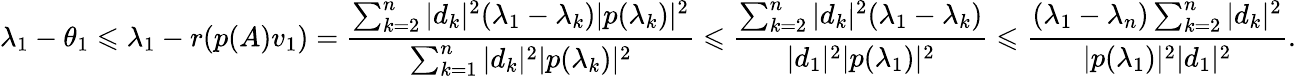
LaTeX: \lambda_{1}-\theta_{1}\leqslant\lambda_{1}-r(p(A)v_{1})={\frac{\sum_{k=2}^{n}|d_{k}|^{2}(\lambda_{1}-\lambda_{k})|p(\lambda_{k})|^{2}}{\sum_{k=1}^{n}|d_{k}|^{2}|p(\lambda_{k})|^{2}}}\leqslant{\frac{\sum_{k=2}^{n}|d_{k}|^{2}(\lambda_{1}-\lambda_{k})}{|d_{1}|^{2}|p(\lambda_{1})|^{2}}}\leqslant{\frac{(\lambda_{1}-\lambda_{n})\sum_{k=2}^{n}|d_{k}|^{2}}{|p(\lambda_{1})|^{2}|d_{1}|^{2}}}.